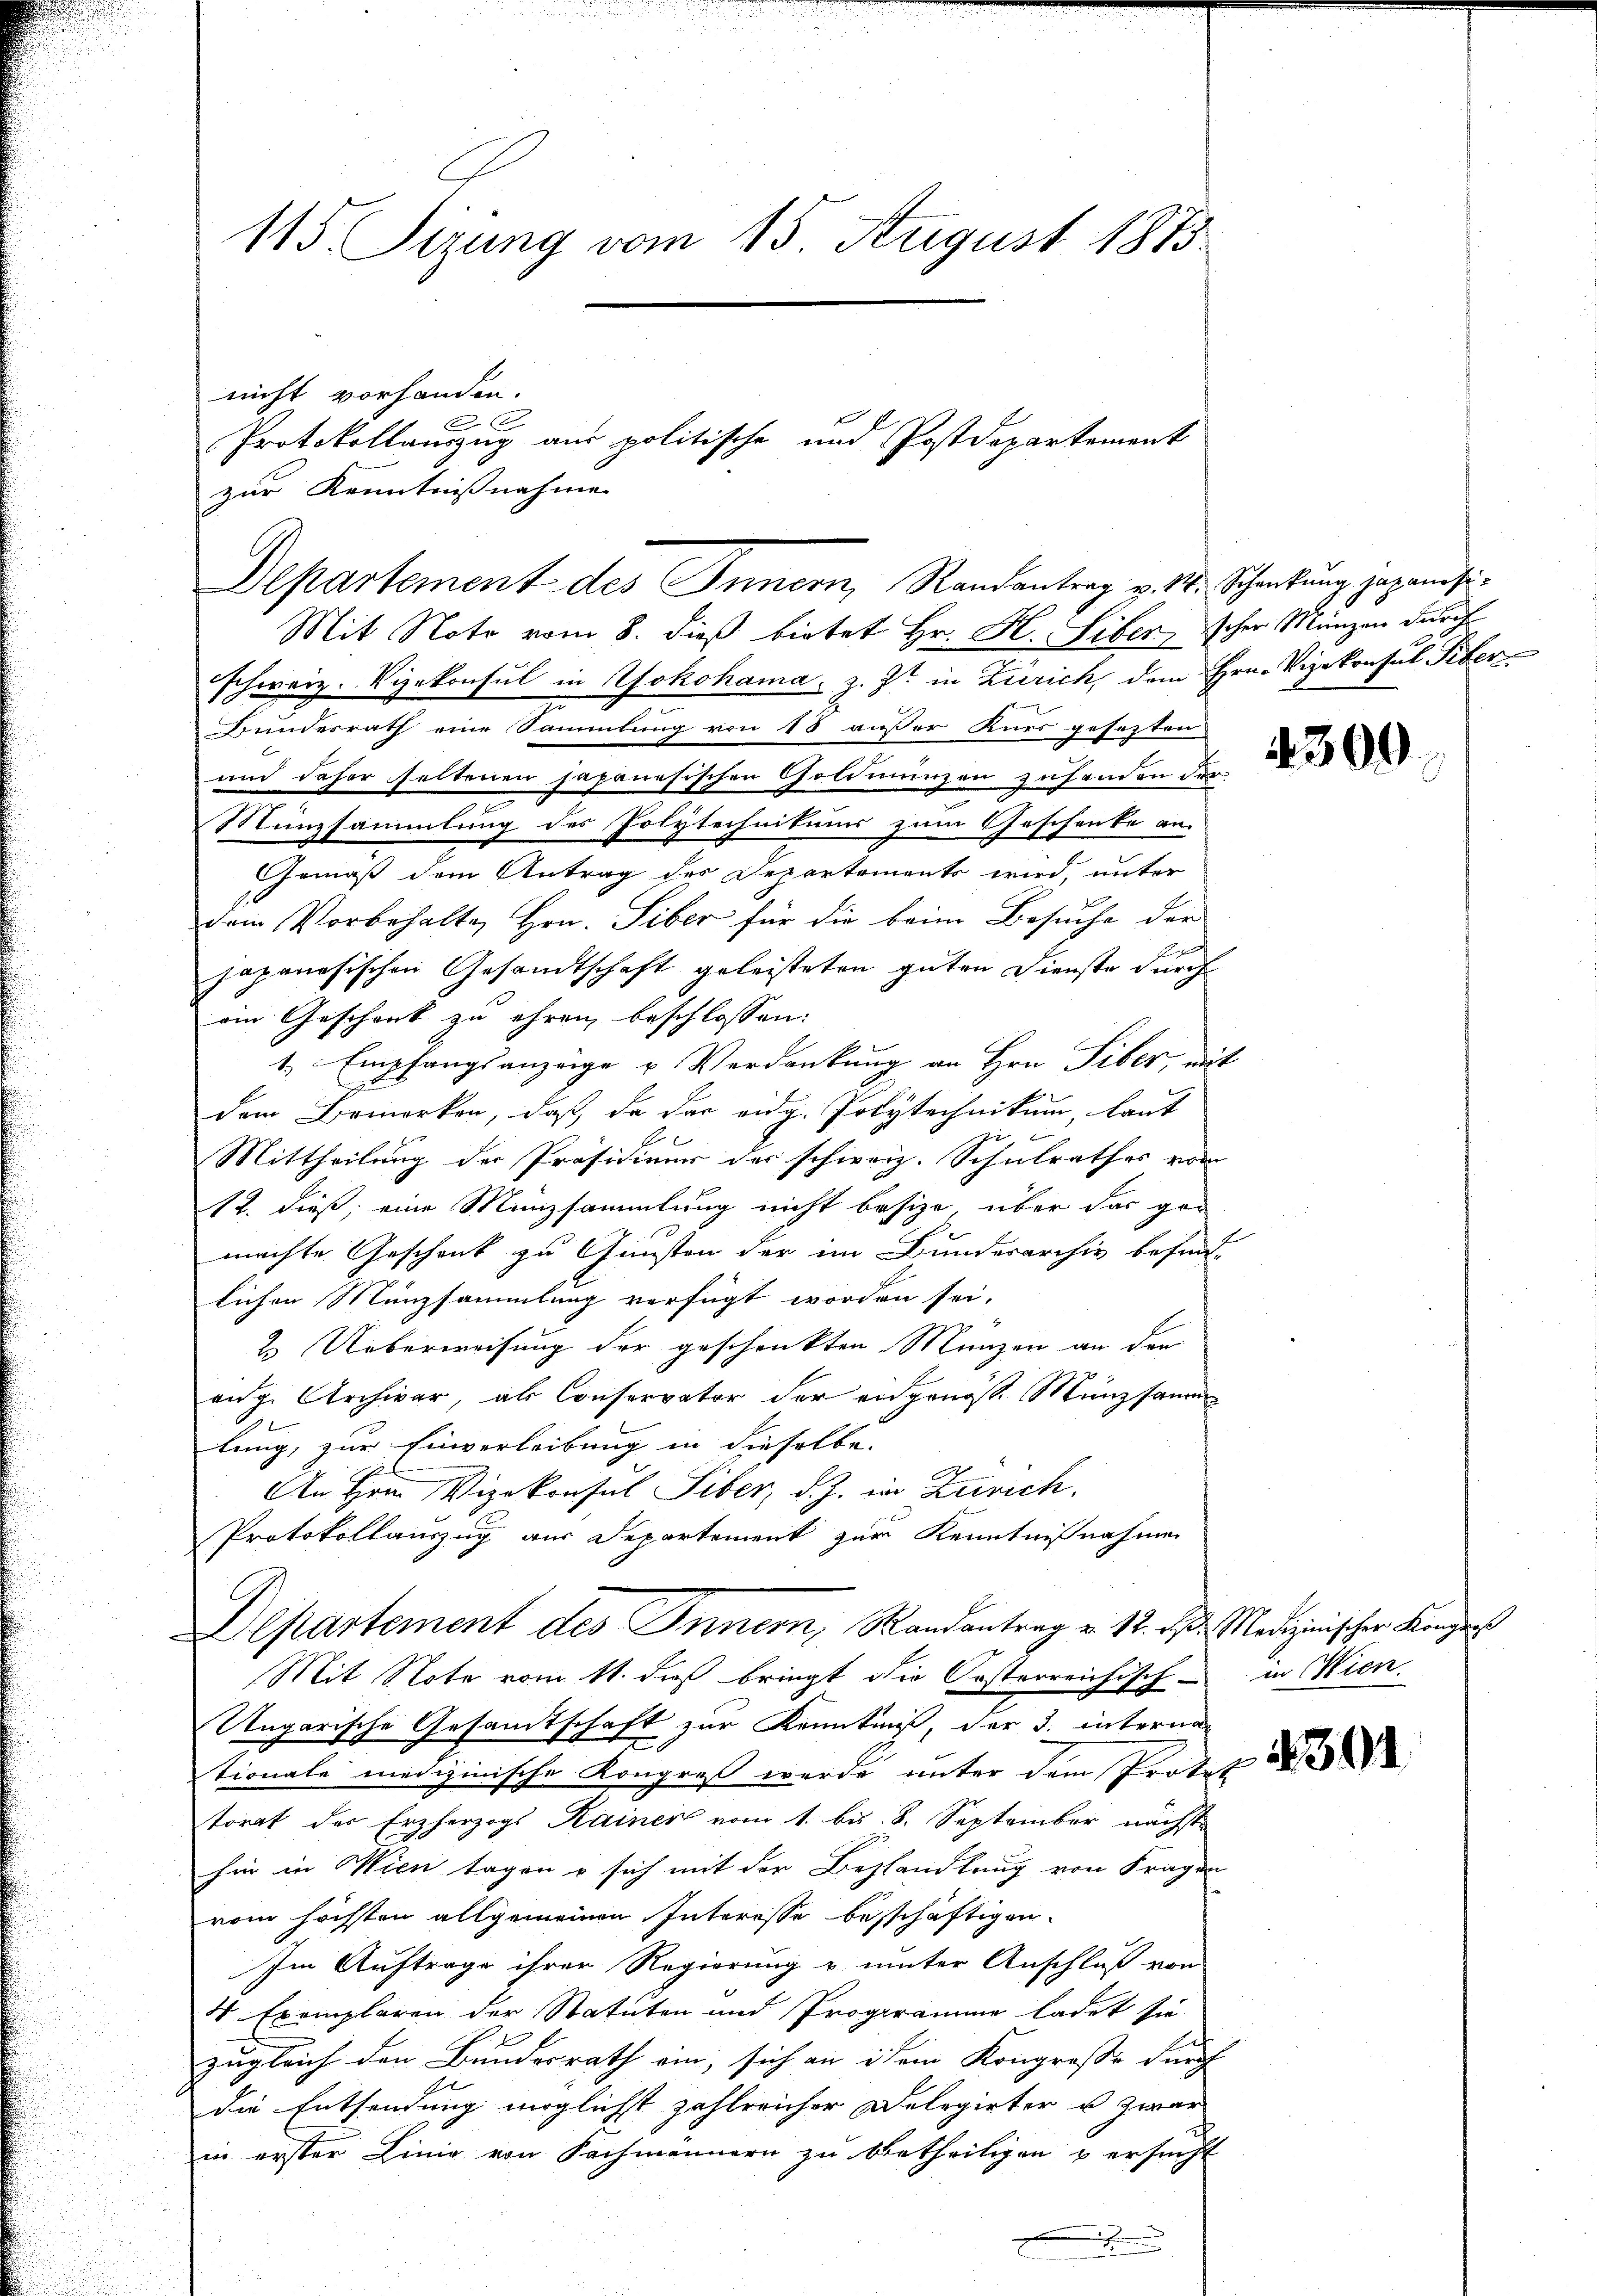
115. Sizung vom 15. August 1873.

nicht vorhanden.
2
zur Kenntnißnahmen

Protokollauszug aus politische und Postdepartement

Departement des Innern, Randantrag v. 18. Schankung japanisi¬
Mit Note vom 8. dieß bietet Hr. H. Liber, scher Manzen durch

schweiz. Vizekonsul in Yokohama z. Zt. in Zürich, dem Hrn. Vizekonsul Tiber
Bundesrath eine Sammlung von 18 außer Kurs gesezten
und daher seltenen japanesischen Goldinungen zufanden dar¬
Münzsammlung des Polytechnikums zum Geschenke an.
Gemäß dem Antrag des Departements wird, unter
Dein Vorbehalte Hrn. Siber für die beim Besuche der
japanesischen Gesandtschaft geleisteten guten Dienste durch
omn Geschenk zu ehren beschlossen:
t. Empfangsanzeige u. Verdankung an Hrn. Siber, mit
dem Bemerken, daß da das eidg. Polytechnikum, laut
Mittheilung der Präsidiuum der schweiz. Schulrathes vom
12. dieß, eine Münzsammlung nicht besize, über das gen
machte Geschenk zu Gunsten der im Bunderarchiv befind-
lichen Münzsammlung verfügt worden sei.
2 Ueberweisung der geschenkten Münzen an der
enge Archivar, als Conservator der eidgenösse Münzsamm
lung, zur Einverleibung in dieselbe.
An Hrnn Vizekonsul Siber, d. J. in Zürich.
Protokollauszug aus Departement zur Kenntnißnahmen
Departement des Innern, Randantrag v. 12. d. Medizinischer Konz
Mit Note vom 11. dieß bringt die Oesterreichisch - in Wien.
Ungarische Gesamtschaft zur Kenntniß, der 3. interna
tionale medizinische Kongreß werde unter dem Protok
torat der Erzherzogs Rainer vom 1. bis 8. September nächste
hin in Wien tagen u sich mit der Bezhandlung von Fragen
vom höchsten allgemeinen Interesse beschäftigen.
Im Auftrage ihrer Regierung u. unter Anschluß von
4 Exemplaren der Statuten und Programme ladet sie
zugleich den Bundesrath ein, sich an idem Kongrosse durch
die Entsendung möglichst zahlreicher Delegirter u. zwar
in erster Linie von Sachmännern zu betheiligen u ersucht

4300

39

fas